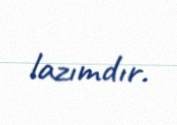
lazımdır.